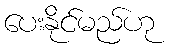
ပေးနိုင်မည်ဟု